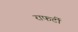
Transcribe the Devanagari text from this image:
राफर्टी